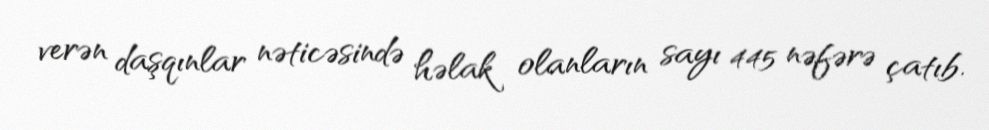
verən daşqınlar nəticəsində həlak olanların sayı 445 nəfərə çatıb.